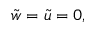
\tilde { w } = \tilde { u } = 0 ,